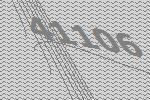
41106